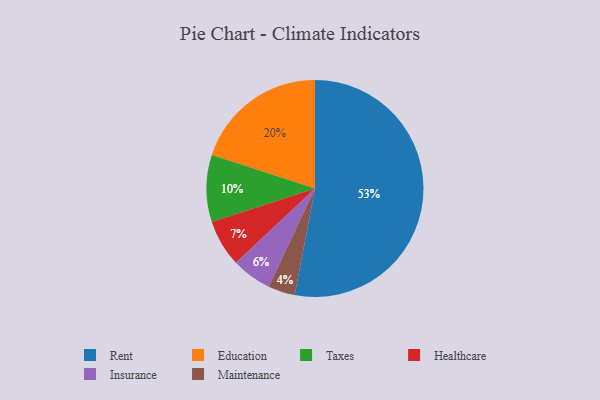
{"axis": {"x": "Category", "y": "Percentage"}, "legend": ["Education", "Healthcare", "Insurance", "Maintenance", "Rent", "Taxes"], "data": [{"x": "Education", "y": 20, "type": "Education"}, {"x": "Maintenance", "y": 4, "type": "Maintenance"}, {"x": "Healthcare", "y": 7, "type": "Healthcare"}, {"x": "Taxes", "y": 10, "type": "Taxes"}, {"x": "Rent", "y": 53, "type": "Rent"}, {"x": "Insurance", "y": 6, "type": "Insurance"}]}